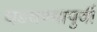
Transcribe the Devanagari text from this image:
घडवण्यापुर्वी